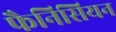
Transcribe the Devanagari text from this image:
फैनिसियन